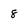
Character: 8